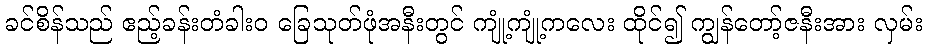
ခင်စိန်သည် ဧည့်ခန်းတံခါးဝ ခြေသုတ်ဖုံအနီးတွင် ကျုံ့ကျုံ့ကလေး ထိုင်၍ ကျွန်တော့်ဇနီးအား လှမ်း